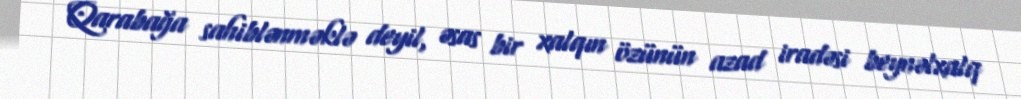
Qarabağa sahiblənməklə deyil, əsas bir xalqın özünün azad iradəsi beynəlxalq